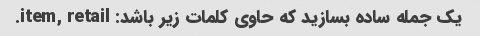
یک جمله ساده بسازید که حاوی کلمات زیر باشد: item, retail.